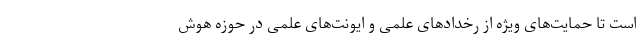
است تا حمایت‌های ویژه از رخدادهای علمی و ایونت‌های علمی در حوزه هوش